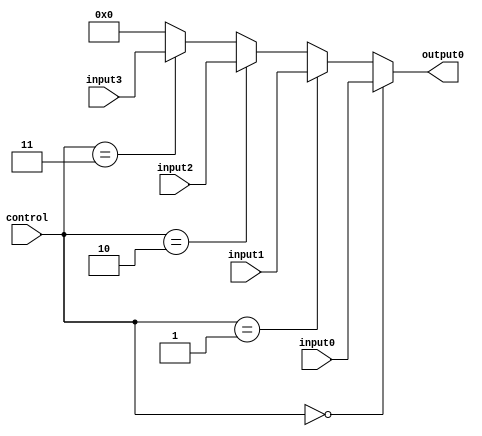
`timescale 1ns / 1ps
//////////////////////////////////////////////////////////////////////////////////
// Company: 
// Engineer: 
// 
// Design Name: 
// Module Name:    mux4to1_4bits 
// Project Name: 
// Target Devices: 
// Tool versions: 
// Description: 
//
// Dependencies: 
//
// Revision: 
// Revision 0.01 - File Created
// Additional Comments: 
//
//////////////////////////////////////////////////////////////////////////////////
module mux4to1_4bits(input0, input1, input2, input3, output0, control);
	input[3:0] input0,input1,input2,input3;
	output[3:0] output0;
	input[1:0] control;

	assign output0 = (control == 0)? input0 : 
						  (control == 1)? input1 : 
						  (control == 2)? input2 : 
						  (control == 3)? input3 : 0;

endmodule